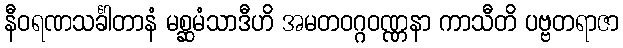
နီဝရဏသင်္ခါတာနံ မစ္ဆမံသာဒီဟိ အမတဝဂ္ဂဝဏ္ဏနာ ကာသီတိ ပဗ္ဗတရာဇာ